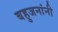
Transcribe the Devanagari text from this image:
बहुजनांनी